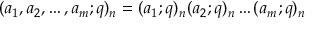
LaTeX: ( a _ { 1 } , a _ { 2 } , \ldots , a _ { m } ; q ) _ { n } = ( a _ { 1 } ; q ) _ { n } ( a _ { 2 } ; q ) _ { n } \ldots ( a _ { m } ; q ) _ { n }